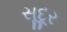
સૂદૂર